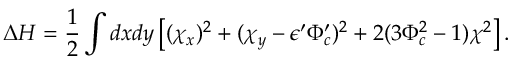
\Delta H = \frac { 1 } { 2 } \int d x d y \left[ ( \chi _ { x } ) ^ { 2 } + ( \chi _ { y } - \epsilon ^ { \prime } \Phi _ { c } ^ { \prime } ) ^ { 2 } + 2 ( 3 \Phi _ { c } ^ { 2 } - 1 ) \chi ^ { 2 } \right] .